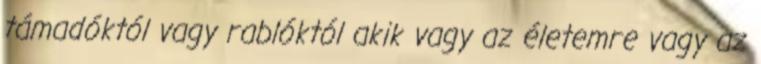
támadóktól vagy rablóktól akik vagy az életemre vagy az